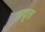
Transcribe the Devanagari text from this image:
उदृत